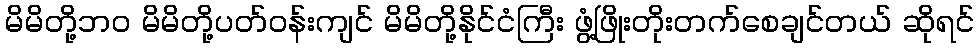
မိမိတို့ဘဝ မိမိတို့ပတ်ဝန်းကျင် မိမိတို့နိုင်ငံကြီး ဖွံ့ဖြိုးတိုးတက်စေချင်တယ် ဆိုရင်